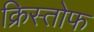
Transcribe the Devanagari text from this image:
क्रिस्तोफ